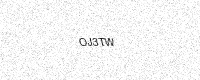
Text: OJ3TW